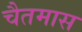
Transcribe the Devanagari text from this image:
चैतमास